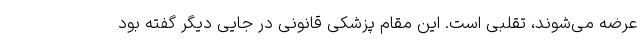
عرضه می‌شوند، تقلبی است. این مقام پزشکی قانونی در جایی دیگر گفته بود